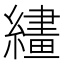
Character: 繣